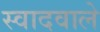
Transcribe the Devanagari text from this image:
स्वादवाले